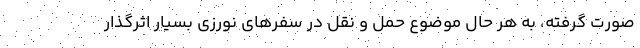
صورت گرفته، به هر حال موضوع حمل و نقل در سفرهای نورزی بسیار اثرگذار